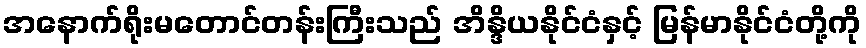
အနောက်ရိုးမတောင်တန်းကြီးသည် အိန္ဒိယနိုင်ငံနှင့် မြန်မာနိုင်ငံတို့ကို